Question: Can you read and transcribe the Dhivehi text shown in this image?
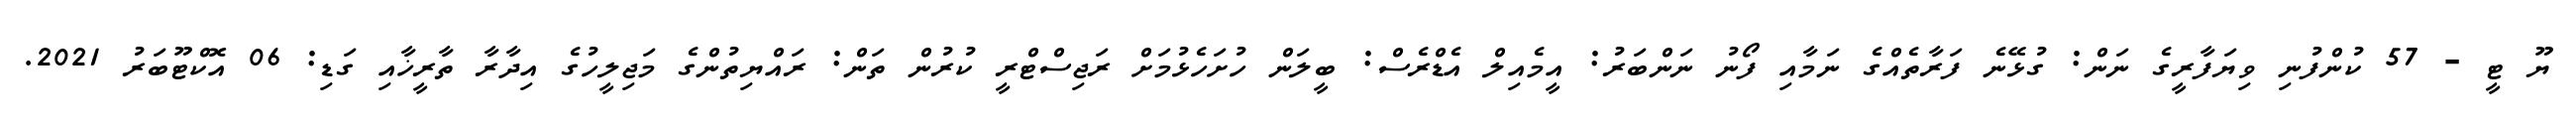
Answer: ޔޫ ޓީ - 57 ކުންފުނި ވިޔަފާރީގެ ނަން: ގުޅޭނެ ފަރާތެއްގެ ނަމާއި ފޯނު ނަންބަރު: އީމެއިލް އެޑްރެސް: ބީލަން ހުށަހެޅުމަށް ރަޖިސްޓްރީ ކުރުން ތަން: ރައްޔިތުންގެ މަޖިލީހުގެ އިދާރާ ތާރީޚާއި ގަޑި: 06 އޮކްޓޫބަރު 2021.